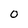
Character: 0